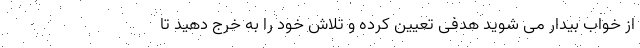
از خواب بیدار می شوید هدفی تعیین کرده و تلاش خود را به خرج دهید تا